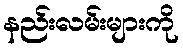
နည်းလမ်းများကို